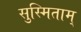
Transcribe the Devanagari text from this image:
सुस्मिताम्